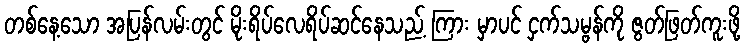
တစ်နေ့သော အပြန်လမ်းတွင် မိုးရိပ်လေရိပ်ဆင်နေသည့် ကြား မှာပင် ငှက်သမ္ဗန်ကို ဇွတ်ဖြတ်ကူးဖို့